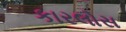
કારલોસ